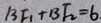
B F _ { 1 } + B F _ { 2 } = 6 .